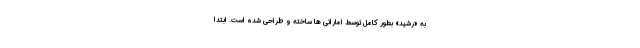
به «رشید»‌ بطور کامل توسط اماراتی ها ساخته و طراحی شده است. ابتدا